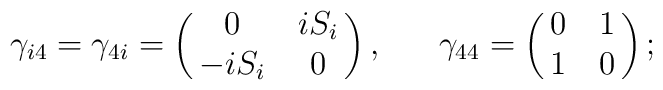
\gamma_{i4}=\gamma_{4i}=\pmatrix{0 & iS_i \cr-iS_i & 0 \cr},\ \ \ \ \ \gamma_{44}=\pmatrix{0 & 1 \cr1 & 0\cr};